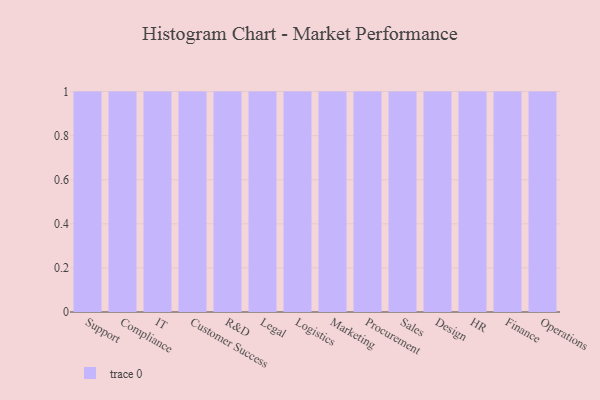
{"axis": {"x": "Department", "y": "Website Visitors"}, "legend": [""], "data": [{"x": "Support", "y": 81, "type": ""}, {"x": "Compliance", "y": 44, "type": ""}, {"x": "IT", "y": 52, "type": ""}, {"x": "Customer Success", "y": 29, "type": ""}, {"x": "R&D", "y": 16, "type": ""}, {"x": "Legal", "y": 24, "type": ""}, {"x": "Logistics", "y": 31, "type": ""}, {"x": "Marketing", "y": 78, "type": ""}, {"x": "Procurement", "y": 82, "type": ""}, {"x": "Sales", "y": 92, "type": ""}, {"x": "Design", "y": 89, "type": ""}, {"x": "HR", "y": 37, "type": ""}, {"x": "Finance", "y": 34, "type": ""}, {"x": "Operations", "y": 100, "type": ""}]}